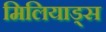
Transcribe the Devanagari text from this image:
मिलियाड्स